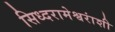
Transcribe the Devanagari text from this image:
सिध्दरामेश्वरांशी